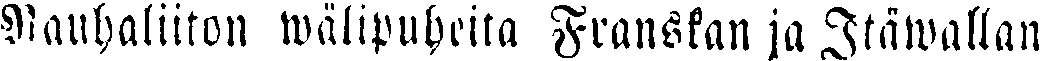
Rauhaliiton wälipuheita Franskan ja Itäwallan